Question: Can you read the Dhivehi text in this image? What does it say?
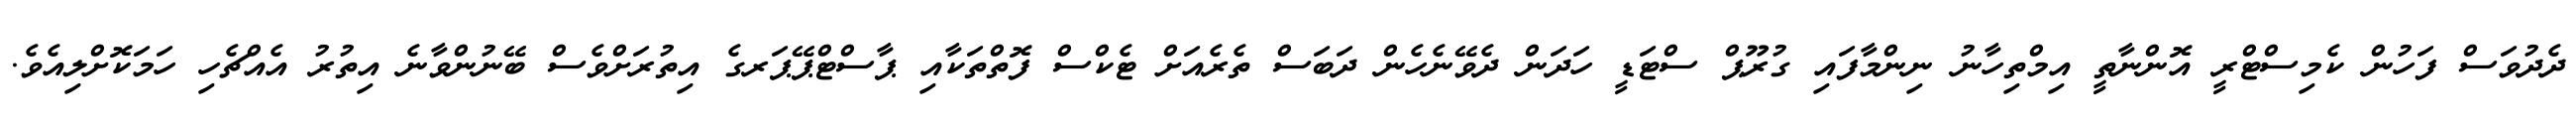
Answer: ދެދުވަސް ފަހުން ކެމިސްޓްރީ އޮންނާތީ އިމްތިހާނު ނިންމާފައި ގުރޫޕް ސްޓަޑީ ހަދަން ދެވޭނެހެން ދަބަސް ތެރެއަށް ޓެކްސް ފޮތްތަކާއި ޕާސްޓްޕޭޕަރގެ އިތުރަށްވެސް ބޭނުންވާނެ އިތުރު އެއްޗެހި ހަމަކޮށްލިއެވެ.